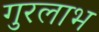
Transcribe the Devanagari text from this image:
गुरलाभ